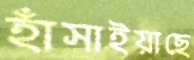
হাঁসাইয়াছে